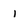
Character: I